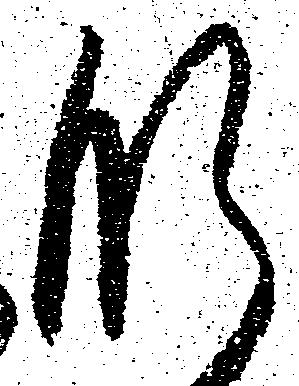
肝